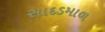
સાદડમાળ